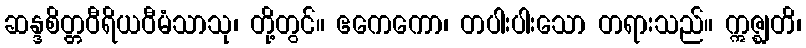
ဆန္ဒစိတ္တဝီရိယဝီမံသာသု၊ တို့တွင်။ ဧကေကော၊ တပါးပါးသော တရားသည်။ ဣဇ္ဈတိ၊